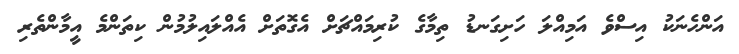
އަންހެނަކު އިސްވެ އަމިއްލަ ހަށިގަނޑު ތިމާގެ ކުރިމައްޗަށް އެގޮތަށް އެއްލައިލުމުން ކިތަންމެ އީމާންތެރި